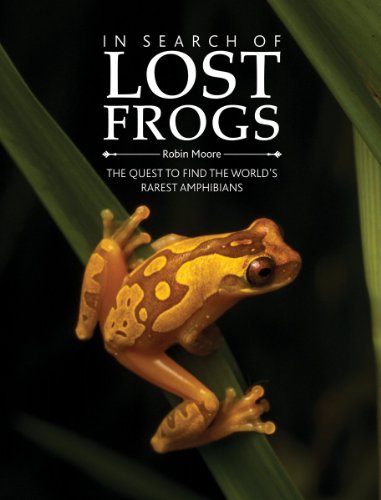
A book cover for In Search of Lost Frogs: The Quest to Find the World's Rarest Amphibians; Dr. Robin Moore; Science & Math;